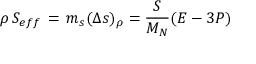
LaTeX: \rho \, S _ { e f f } \, = \, m _ { s } ( \Delta s ) _ { \rho } = \frac { S } { M _ { N } } ( { \cal E } - 3 P )